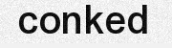
conked